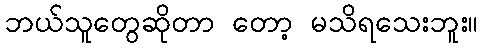
ဘယ်သူတွေဆိုတာ တော့ မသိရသေးဘူး။